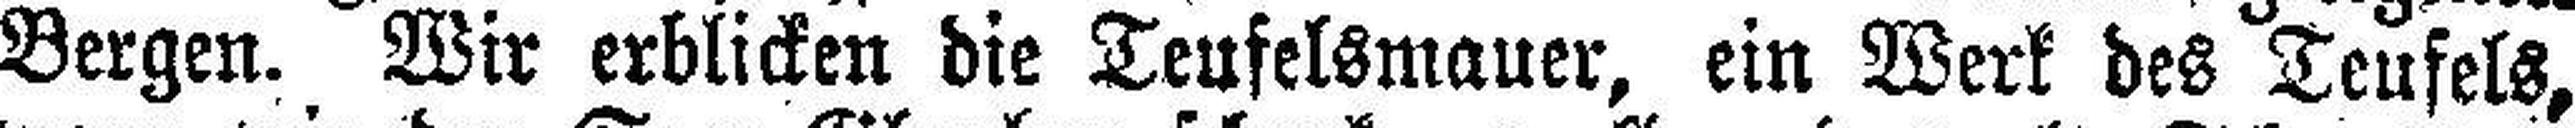
Bergen. Wir erblicken die Teufelsmauer, ein Werk des Teufels,